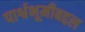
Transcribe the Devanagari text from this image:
पार्श्वभूमीबद्दल